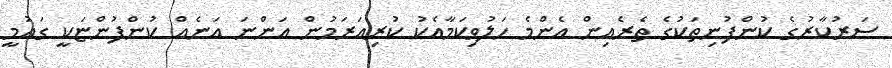
ސަރުކާރުގެ ކުންފުނިތަކުގެ ތެރެއިން އެންމެ ހަލުވިކަމާއެކު ކުރިއަރަމުން އަންނަ އަނެއް ކުންފުންޏަކީ ގައުމީ